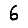
Digit: 6